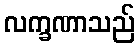
လက္ခဏာသည်